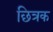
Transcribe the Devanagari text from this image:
छित्रक